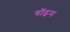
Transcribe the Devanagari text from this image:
बॉइम